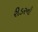
રીડરનો